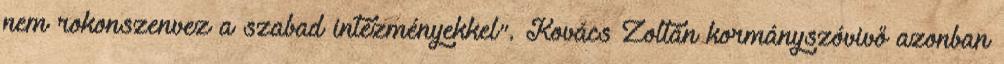
nem rokonszenvez a szabad intézményekkel". Kovács Zoltán kormányszóvivő azonban